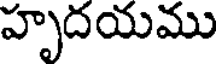
హృదయము